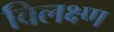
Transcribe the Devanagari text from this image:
विलक्ष्ण